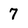
Character: 7